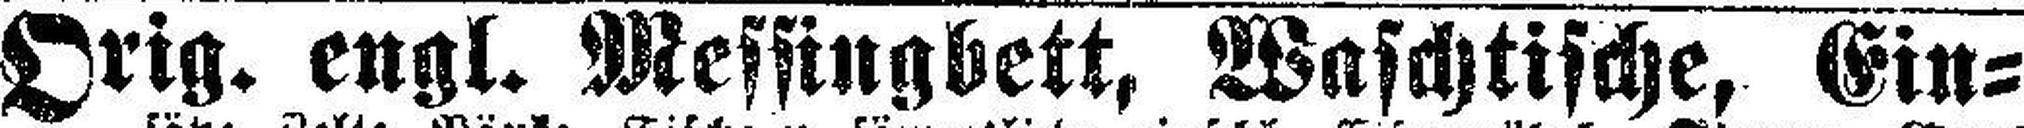
Orig. engl. Messingbett, Waschtische, Ein¬